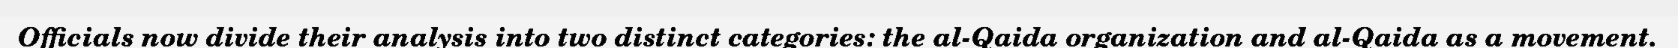
Officials now divide their analysis into two distinct categories: the al-Qaida organization and al-Qaida as a movement.